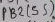
Text: PB2